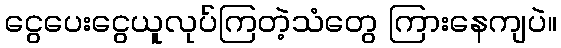
ငွေပေးငွေယူလုပ်ကြတဲ့သံတွေ ကြားနေကျပဲ။